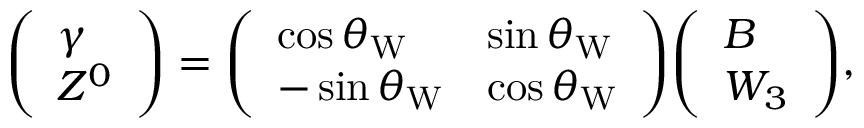
{ \left( \begin{array} { l } { \gamma } \\ { Z ^ { 0 } } \end{array} \right) } = { \left( \begin{array} { l l } { \cos \theta _ { \mathrm { W } } } & { \sin \theta _ { \mathrm { W } } } \\ { - \sin \theta _ { \mathrm { W } } } & { \cos \theta _ { \mathrm { W } } } \end{array} \right) } { \left( \begin{array} { l } { B } \\ { W _ { 3 } } \end{array} \right) } ,